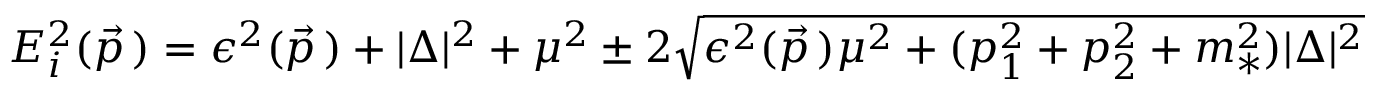
E _ { i } ^ { 2 } ( \vec { p \, } ) = \epsilon ^ { 2 } ( \vec { p \, } ) + | \Delta | ^ { 2 } + \mu ^ { 2 } \pm 2 \sqrt { \epsilon ^ { 2 } ( \vec { p \, } ) \mu ^ { 2 } + ( p _ { 1 } ^ { 2 } + p _ { 2 } ^ { 2 } + m _ { * } ^ { 2 } ) | \Delta | ^ { 2 } }